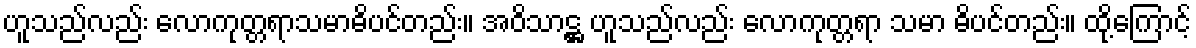
ဟူသည်လည်း လောကုတ္တရာသမာဓိပင်တည်း။ အဝိသာဋ္ဌ ဟူသည်လည်း လောကုတ္တရာ သမာ ဓိပင်တည်း။ ထို့ကြောင့်